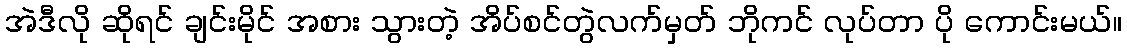
အဲဒီလို ဆိုရင် ချင်းမိုင် အစား သွားတဲ့ အိပ်စင်တွဲလက်မှတ် ဘိုကင် လုပ်တာ ပို ကောင်းမယ်။